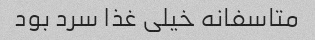
متاسفانه خیلی غذا سرد بود